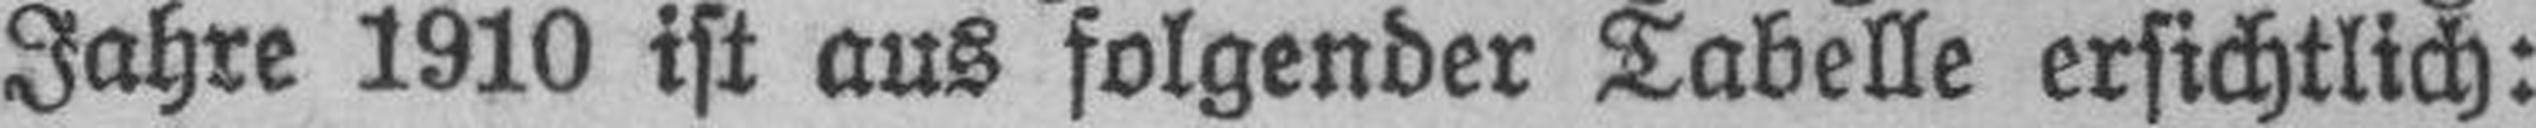
Jahre 1910 ist aus folgender Tabelle ersichtlich: